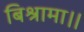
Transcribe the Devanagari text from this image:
बिश्रामा।।